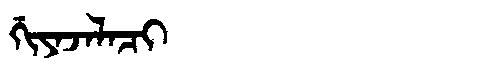
Manchu: ᡤᡳᠶᠠᠵᠠᠯᠠᠴᡳ
Romanization: GIYAJALACI